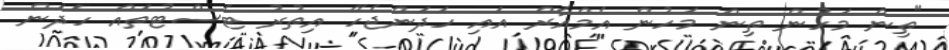
"ތިން މަހުން ތިން މަހުން އެމްއާރް އައި ހަދަންޖެހޭ އިތުރު ޓެސްޓުތައް ހަދަން